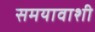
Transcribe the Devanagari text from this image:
समयावाशी